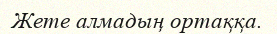
Жете алмадың ортаққа.